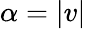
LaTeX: \alpha=\vert v\vert